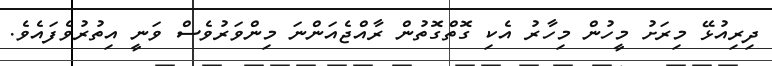
ދިރިއުޅޭ މިރަށު މީހުން މިހާރު އެކި ގޮތްގޮތުން ރާއްޖެއަންނަ މިންވަރުވެސް ވަނީ އިތުރުވެފައެވެ.